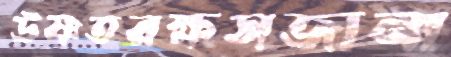
উষ্ণতরক্ষসজানা